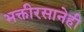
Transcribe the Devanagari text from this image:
भक्तीरसानेही